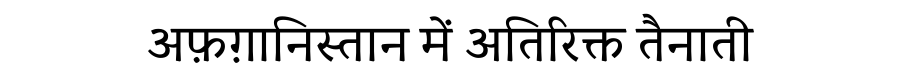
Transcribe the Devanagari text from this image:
अफ़ग़ानिस्तान में अतिरिक्त तैनाती